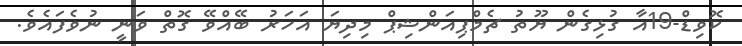
ކޮވިޑް-19އާ ގުޅިގެން ޔޫތު ޗެމްޕިއަންޝިޕް މިދިޔަ އަހަރު ބޭއްވޭ ގޮތް ވަނީ ނުވެފައެވެ.